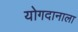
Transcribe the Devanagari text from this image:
योगदानाला